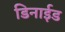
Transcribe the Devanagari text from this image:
डिनाईड